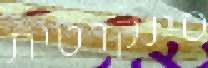
סינקרטית